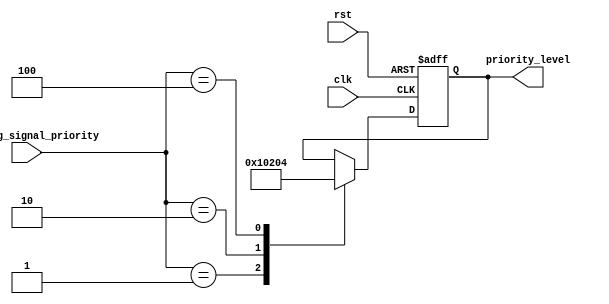
module PriorityBypass (
    input wire clk,
    input wire rst,
    input wire [7:0] incoming_signal_priority,
    output reg [7:0] priority_level
);

always @(posedge clk or posedge rst) begin
    if (rst) begin
        priority_level <= 8'b00000000; // Reset priority levels to zero
    end else begin
        case (incoming_signal_priority)
            8'b00000001: priority_level <= 8'b00000001; // Priority level for signal 1
            8'b00000010: priority_level <= 8'b00000010; // Priority level for signal 2
            8'b00000100: priority_level <= 8'b00000100; // Priority level for signal 3
            // Add more cases for additional incoming signals
            default: priority_level <= priority_level; // No change in priority level
        endcase
    end
end

endmodule